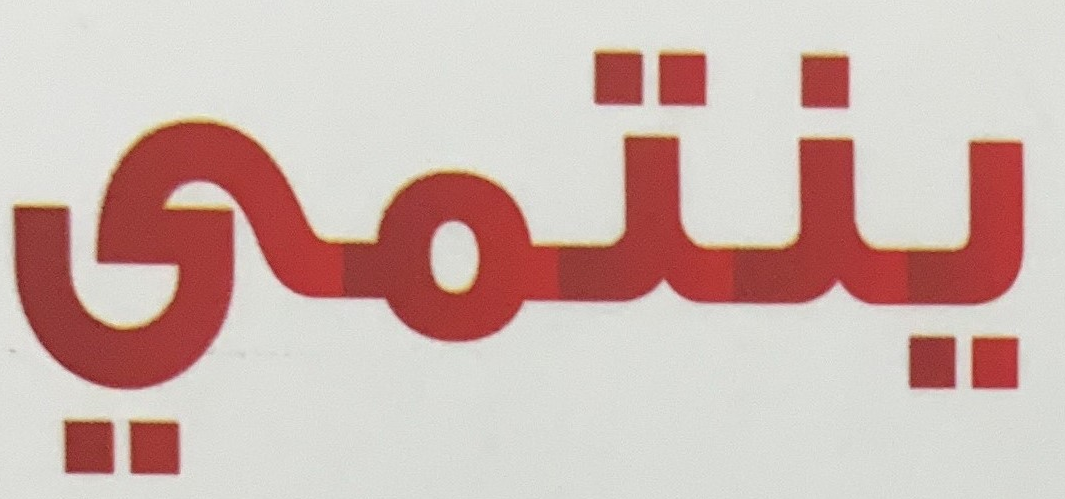
ينتمي